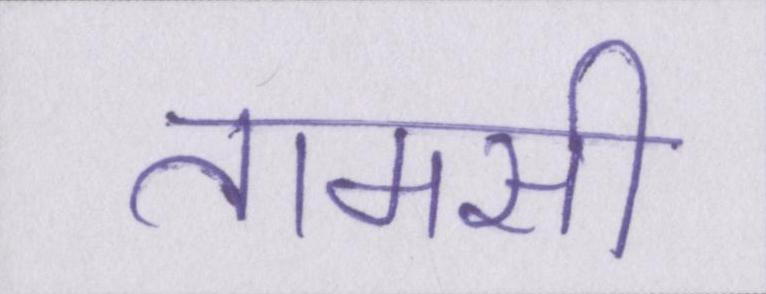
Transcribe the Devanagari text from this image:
तामसी